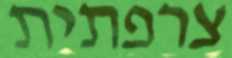
צרפתית